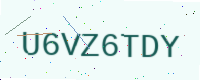
Text: U6VZ6TDY